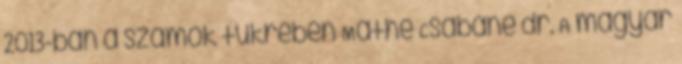
2013-ban a számok tükrében Máthé Csabáné dr. A magyar